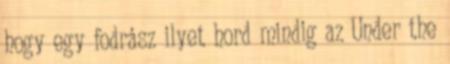
hogy egy fodrász ilyet hord mindig az Under the